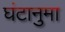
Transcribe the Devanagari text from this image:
घंटानुमा